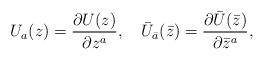
\begin{align*}U_a(z)=\frac{\partial U(z)}{\partial z^a},\quad{\bar U}_{\bar a}(\bar z )=\frac{\partial {\bar U}({\bar z})}{\partial {\bar z}^a},\end{align*}